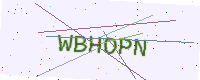
Text: WBHOPN